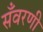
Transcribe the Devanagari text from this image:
सँवरणी